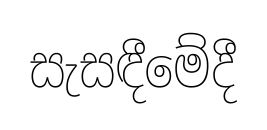
සැසඳීමේදී